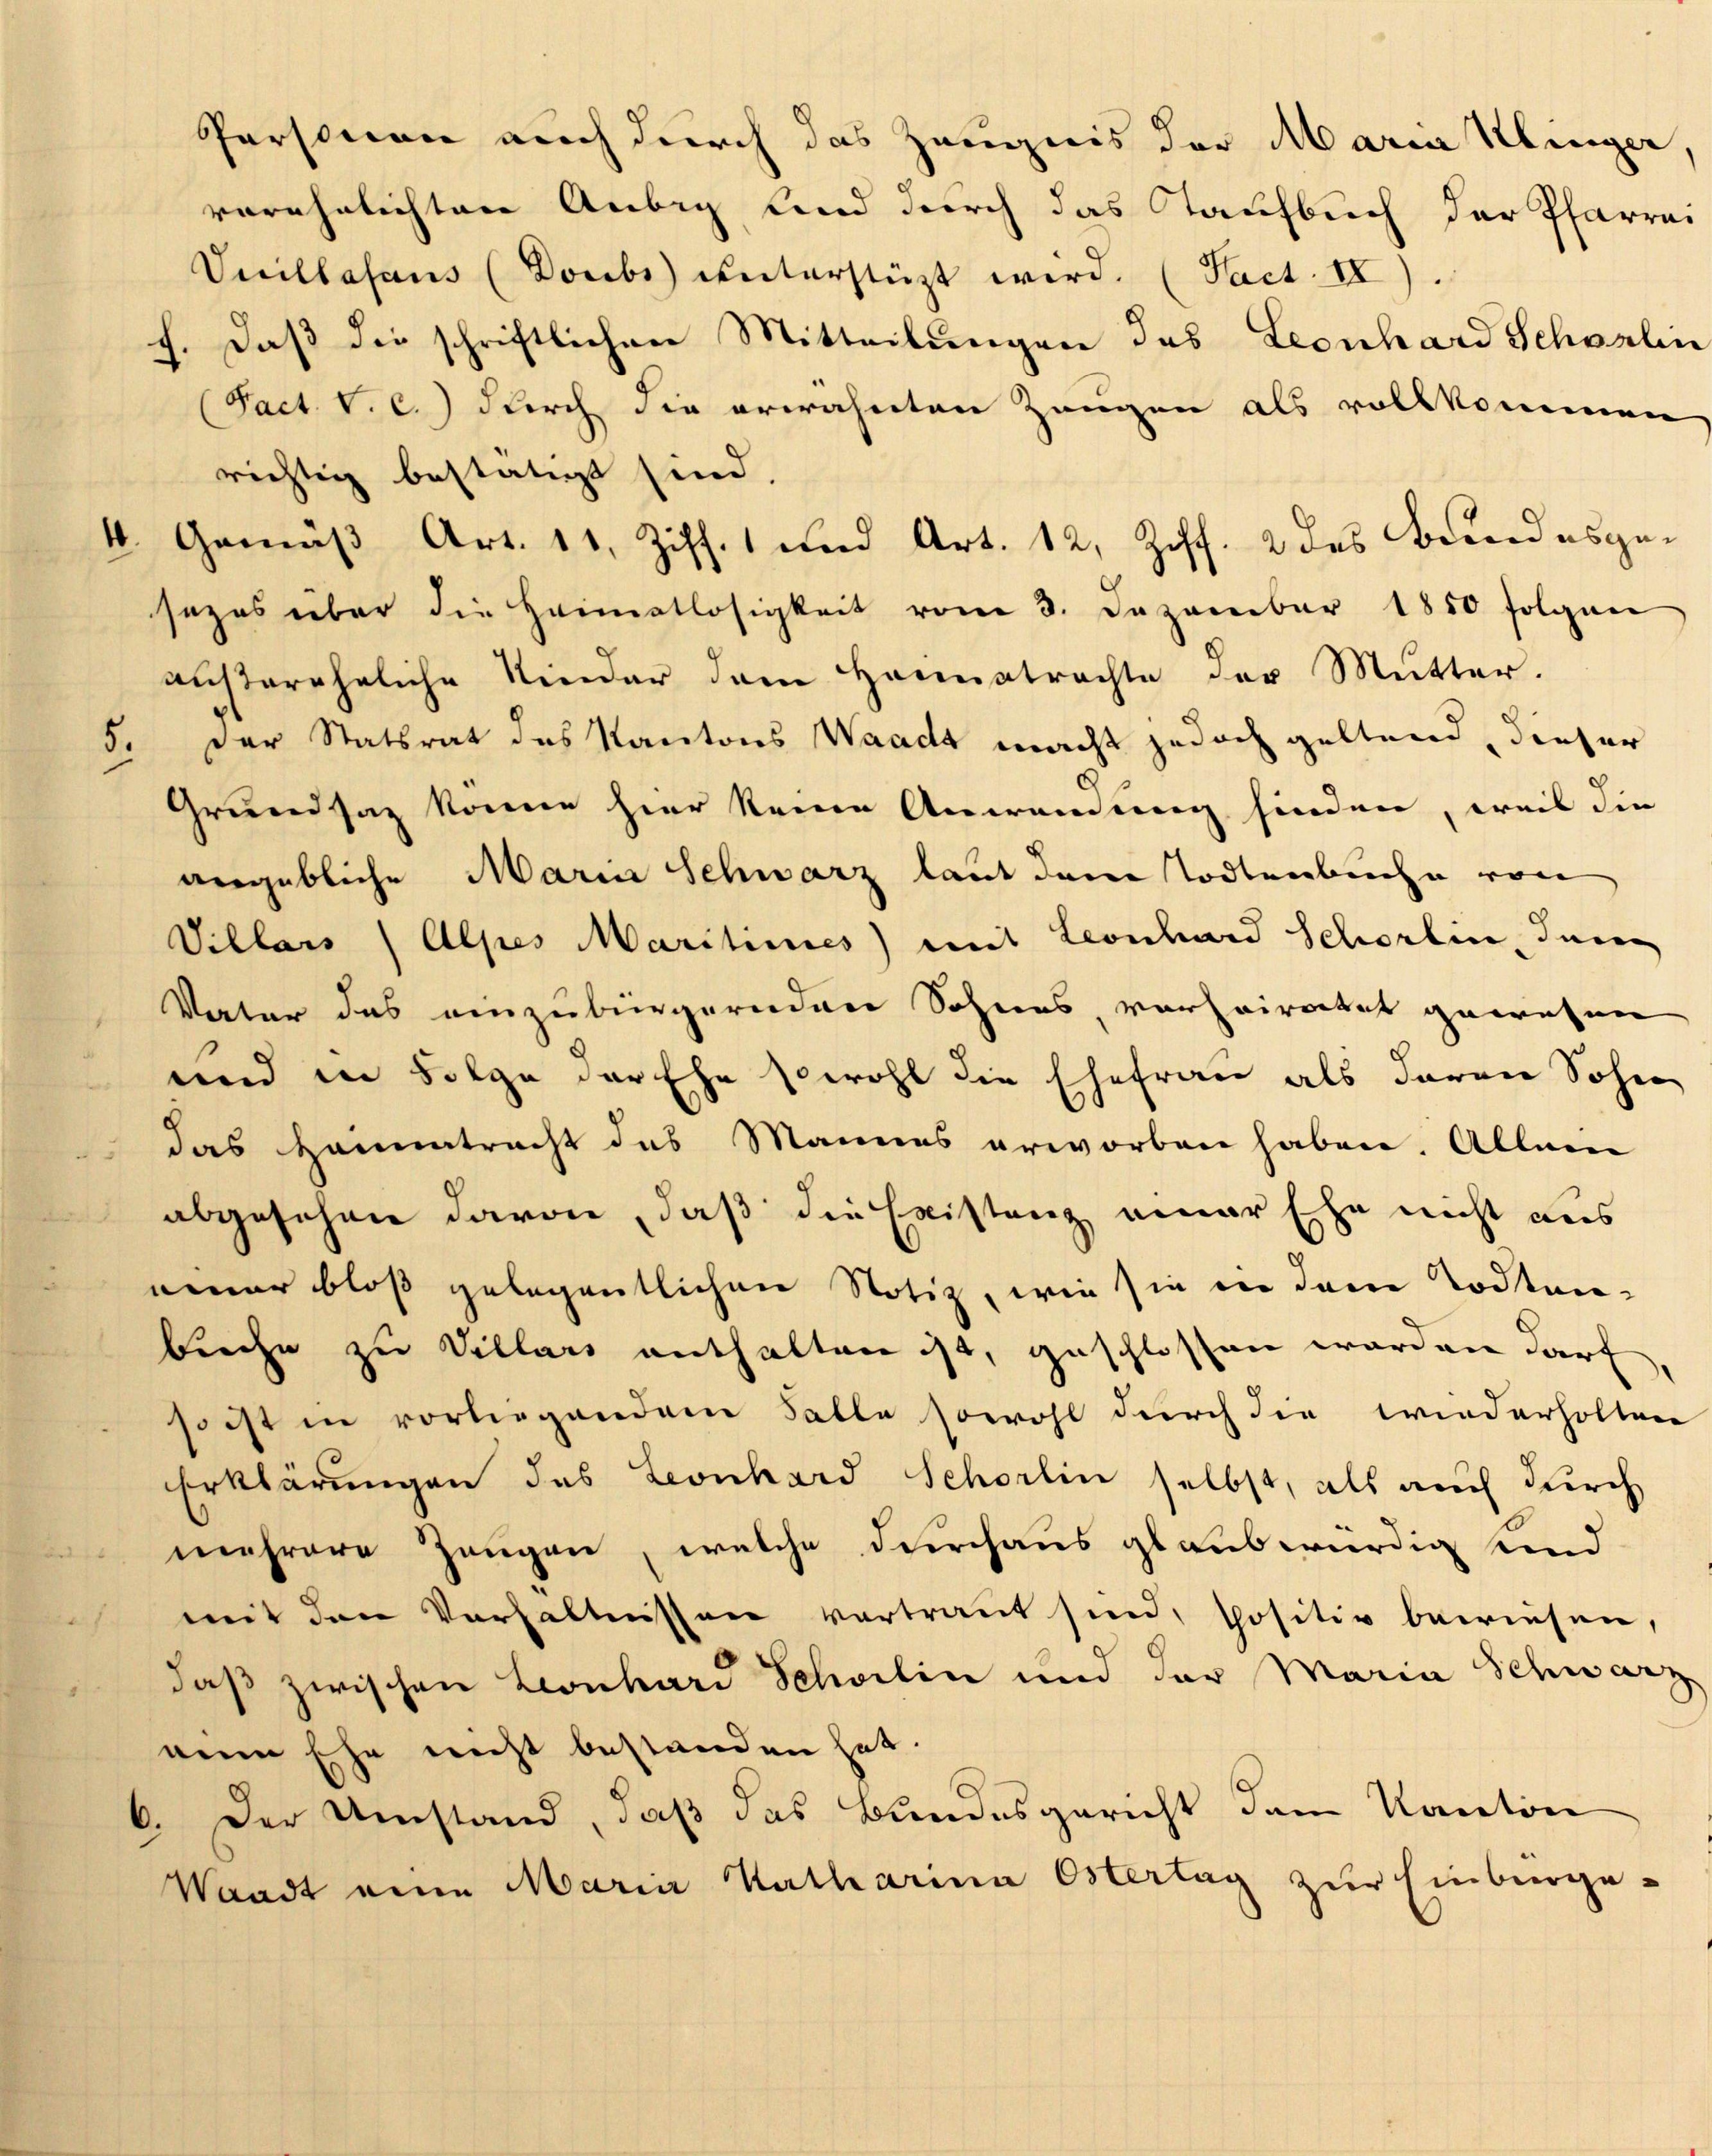
verehelichten Anbig und durch das Taufbuch der Pfarrei
Vuillasans (Doubs ŭnterstüzt wird. (Fact. II).
1. Daß die schriftlichen Mitteilungen das Leonhard Schwalin
(Fact. V. C.) durch die erwähnten Zeugen als vollkommen
richtig bestätigt sind.
sezes über die Heimatlosigkeit vom 3. Dezember 1850 folgen
ausereheliche Kinder dem Heimatrachte der Mutter.
Der Statsrat des Kantons Waadt macht jedoch geltend, dieser
8.
Grundsaz könne hier keine Anwendung finden, weil die
vngebliche Marm Schwarz laut dem Todtenbuche von
Villars / Alpes Maritimes mit Leonhard Schörlin Inne
Vater das einzubürgernden Sohnes, vorheiratet gewesen
und in Folge der Ehe sowohl die Ehefrau als daran Sohn
das Hammetracht des Mannes erworben haben. Allein
abgesehen davon, daß die Existanz einer Ehe nicht aus
einer bloß gelegentlichen Notiz, wie sie in dem Todten-
bieche zu Villars enthalten ist, geschlossen werden darf
so ist in vorliegendem Falle sowohl durch die wiederholten
Erklärungen das Leonhard Schörlin selbst, als auch durch
mehrere Zeugen, welche durchaus glaubwürdig und
mit den Verhältnissen vertraut sind, spositiv bewiesen,
daß zwischen Leonhard Schwelin und der Maria Schwarz
nine Ehe nicht bestanden hat.
6. Der Umstand, daß das Bundesgericht dem Kanton
Waadt eine Maria Katharina Ostertag zur Einburge-

Personen auch durch das Zeugnis der Maria Klinger,

4. Gemäß Art. 11, Ziff. 1 und Art. 12, Ziff. 2 des Bundesge¬